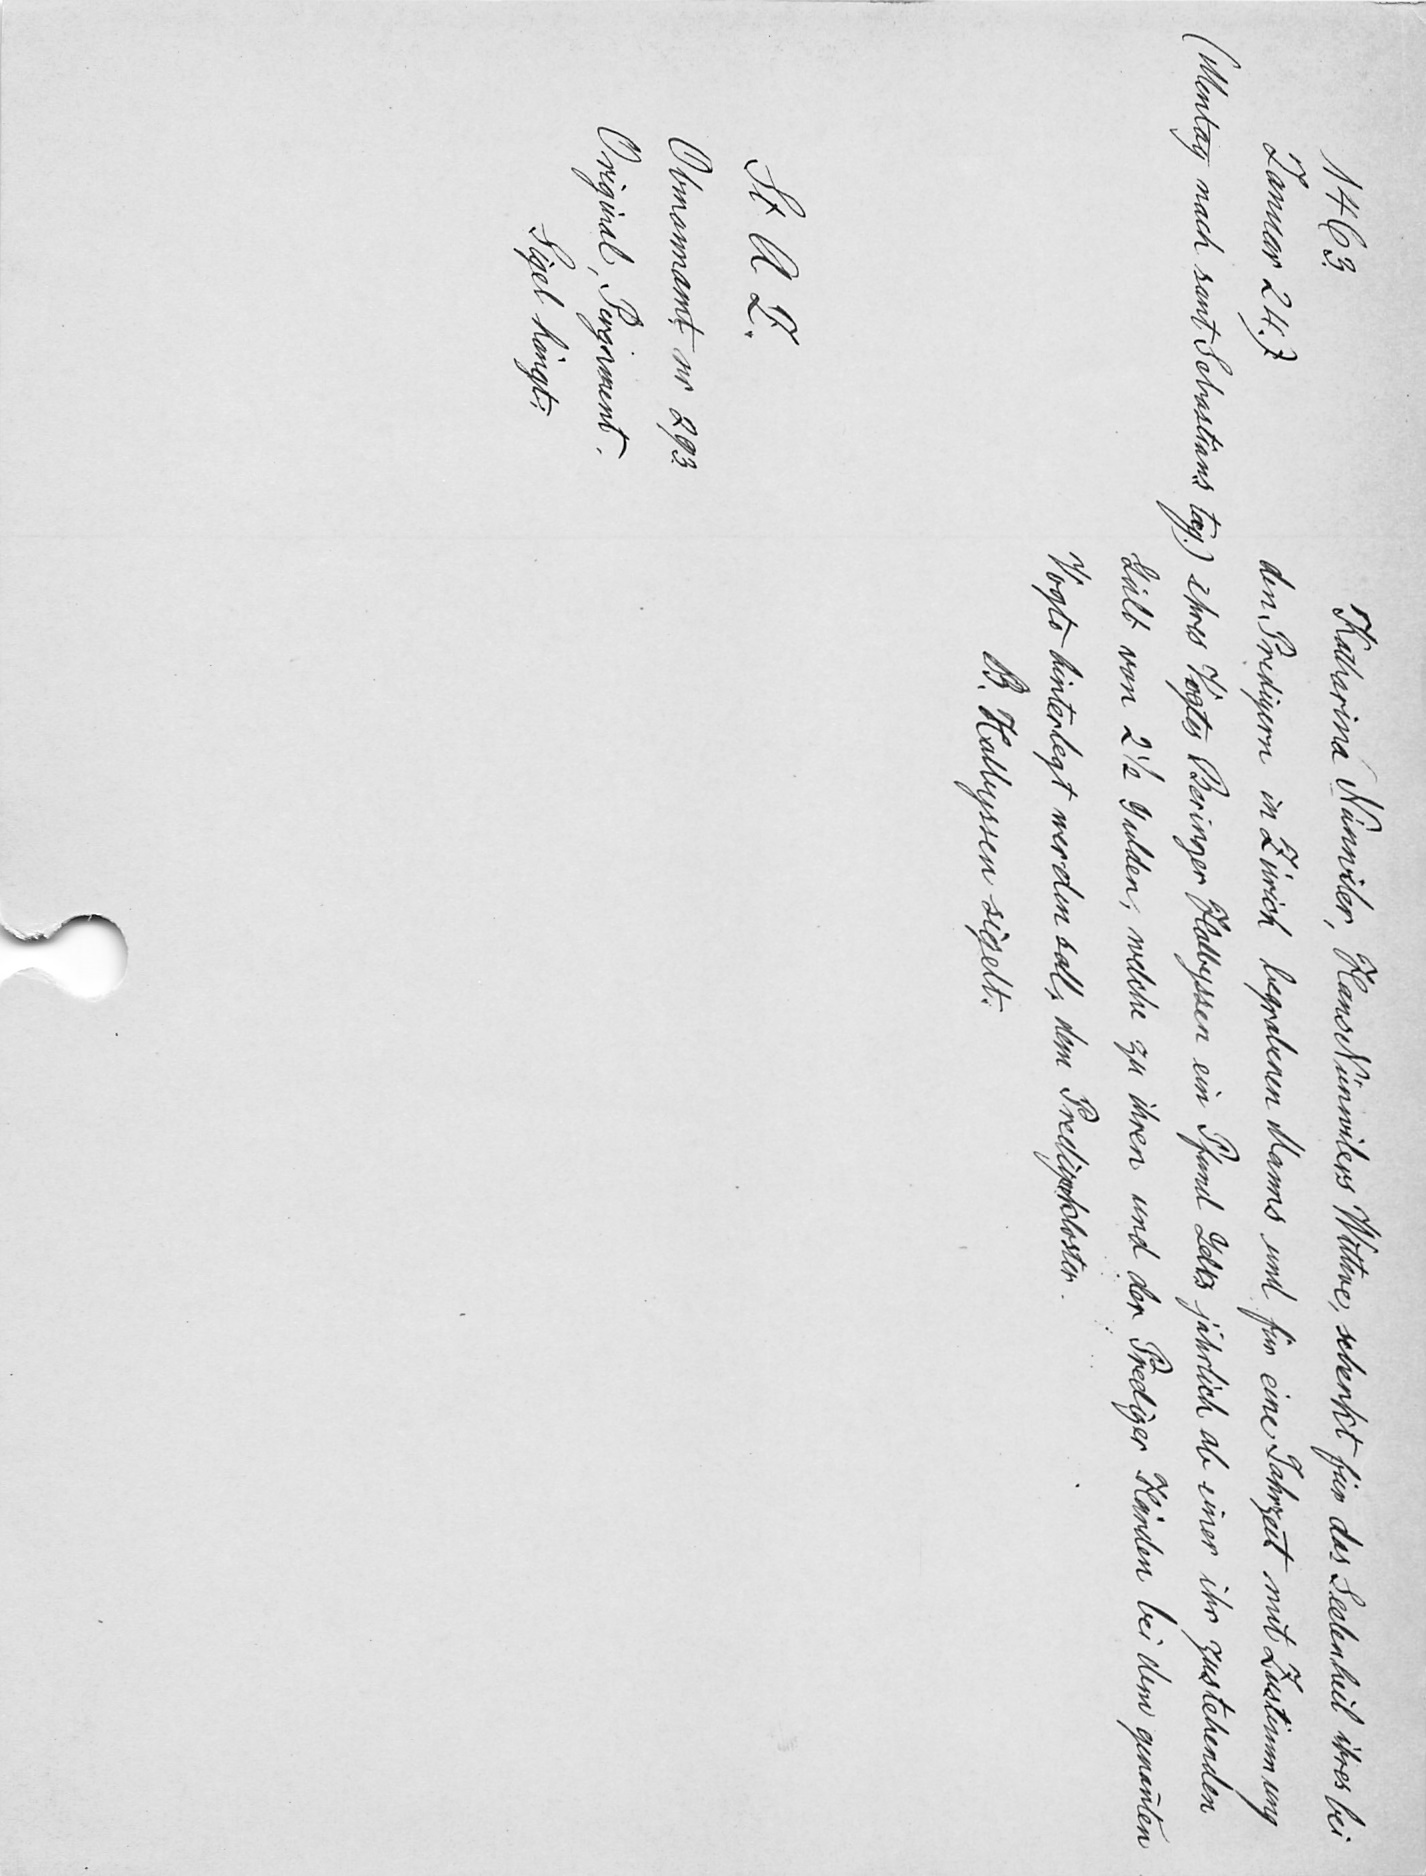
Katharina Nünwiler, Hanse Nünwiler Wittwe, schenkt für das Seelenheil ihres bei
den Predigern in Zürich begrabenen Hans und für eine Jahrzeit  mit Zustimmung
ihre Vogts Berninger Halbyssen ein Pfund geltz jatrlich ab einer ihr zustehenden
gült von 21/2 Gulden, welche zu ihren und der Prediger Händen bei dem genannten
Vogts hinterlegt werden soll, dem Predigerkloster
B. Hallysen sigelt.

1463
Januar 24.)
(Mentag nach sant Sebastians tag)
St A Z.
Obmannamt nr. 293
Original, Pergament.
Sigel hängt